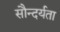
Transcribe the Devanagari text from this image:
सौन्‍दर्यता